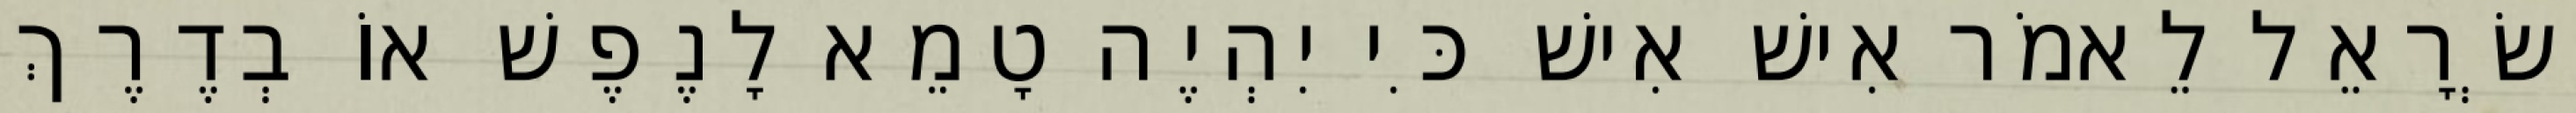
יִשְׂרָאֵל לֵאמֹר אִישׁ אִישׁ כִּי יִהְיֶה טָמֵא לָנֶפֶשׁ אוֹ בְדֶרֶךְ